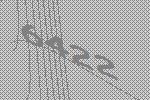
6422